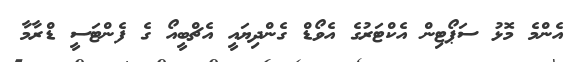
އެންމެ މޮޅު ސަޕޯޓިން އެކްޓަރުގެ އެވޯޑް ގެންދިޔައީ އެޗްބީއޯ ގެ ފެންޓަސީ ޑްރާމާ